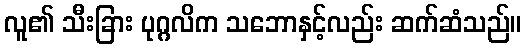
လူ၏ သီးခြား ပုဂ္ဂလိက သဘောနှင့်လည်း ဆက်ဆံသည်။